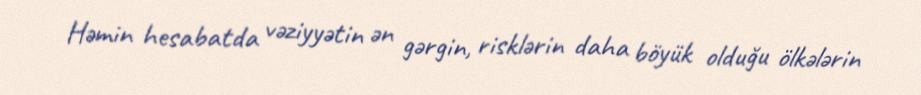
Həmin hesabatda vəziyyətin ən gərgin, risklərin daha böyük olduğu ölkələrin